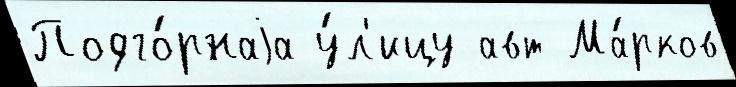
Подго́рнаjа у́л'ицу авт Ма́рков